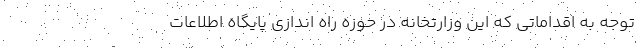
توجه به اقداماتی که این وزارتخانه در حوزه راه اندازی پایگاه اطلاعات